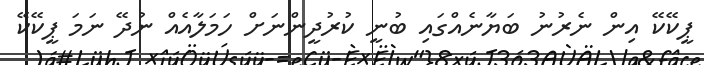
ޕީކޭކޭ އިން ނެރުނު ބަޔާނެއްގައި ބުނީ ކުރުދީންނަށް ހަމަލާއެއް ނުދޭ ނަމަ ޕީކޭކޭ